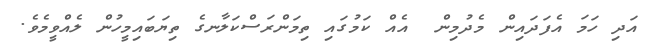
އަދި ހަމަ އެފަދައިން މެދުމިން  އެއް ކަމުގައި ތިމަންރަސްކަލާނގެ ތިޔަބައިމީހުން ލެއްވީމެވެ.